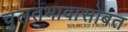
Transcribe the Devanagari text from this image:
चुलतभावासोबत